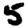
Digit: 5